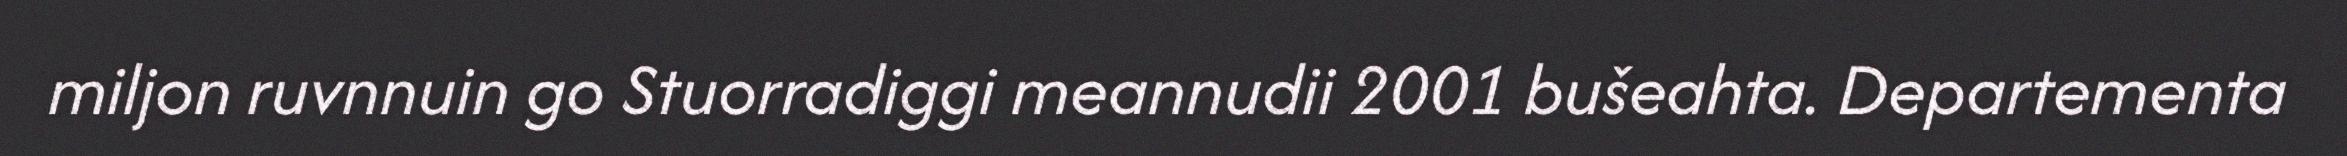
miljon ruvnnuin go Stuorradiggi meannudii 2001 bušeahta. Departementa